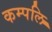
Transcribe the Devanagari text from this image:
कम्पलि